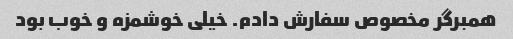
همبرگر مخصوص سفارش دادم. خیلی خوشمزه و خوب بود